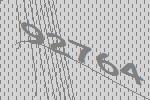
92764